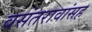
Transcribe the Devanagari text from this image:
वसंतरावांसह